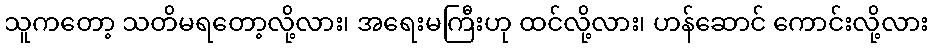
သူကတော့ သတိမရတော့လို့လား၊ အရေးမကြီးဟု ထင်လို့လား၊ ဟန်ဆောင် ကောင်းလို့လား